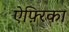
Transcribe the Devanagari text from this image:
ऐफ़्रिका